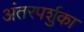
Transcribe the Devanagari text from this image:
अंतरपर्शुका